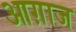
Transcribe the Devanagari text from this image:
आग़ाज